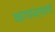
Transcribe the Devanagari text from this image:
भागापर्यतचे